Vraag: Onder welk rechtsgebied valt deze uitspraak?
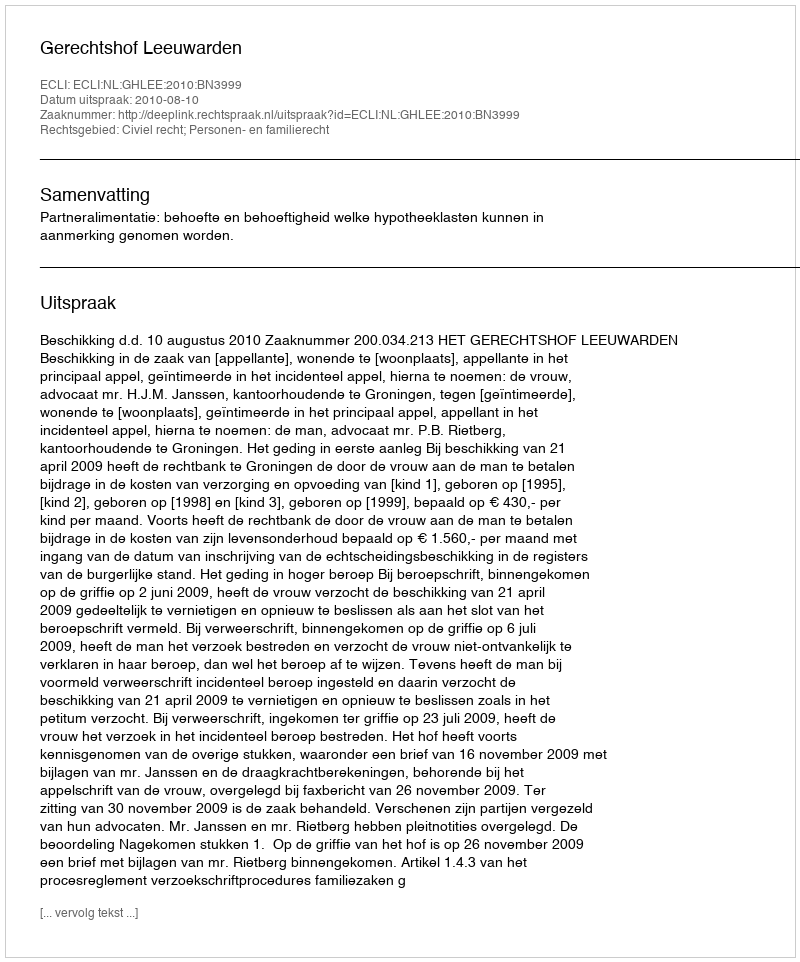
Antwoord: Civiel recht; Personen- en familierecht